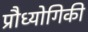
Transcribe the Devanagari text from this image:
प्रौध्योगिकी